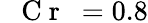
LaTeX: \mathrm{~\textit~{~C~r~}~}{}=0.8